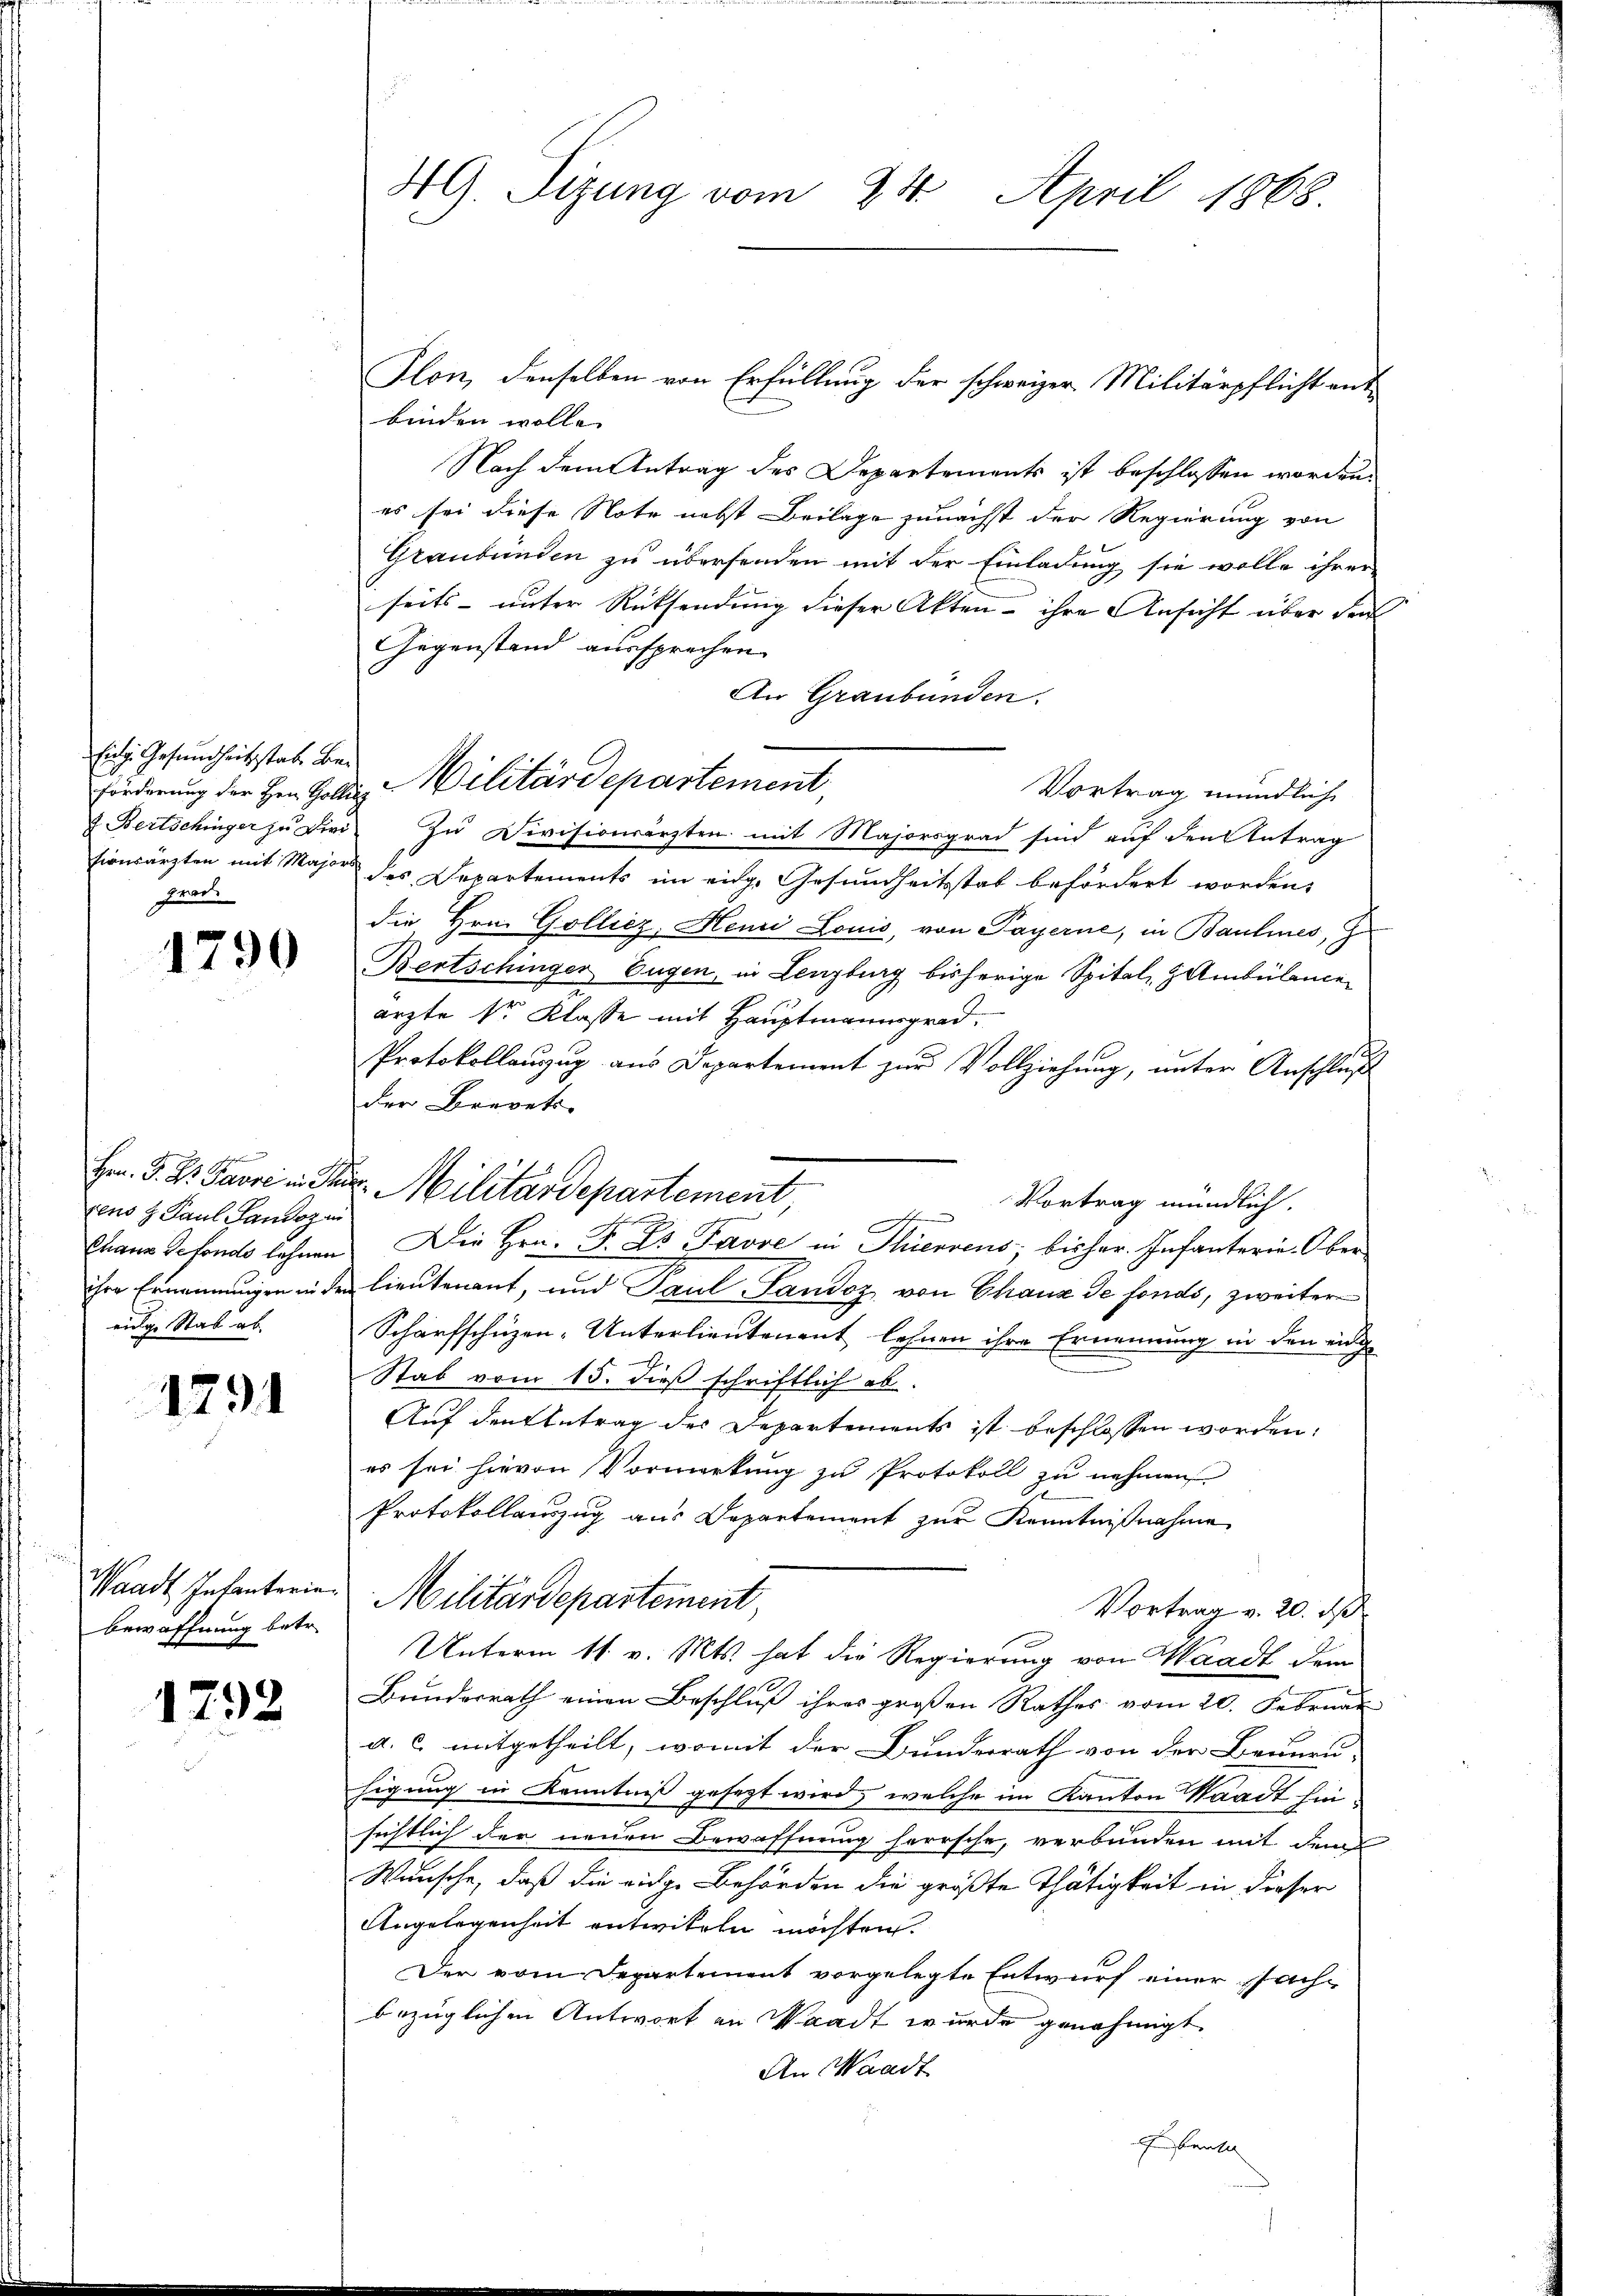
Eing. Gesundheitsstate bei
grad.

1790

g
tens z Paul Landoz in
einige Stab ab.

1291

Bewaffnung betr.

1792

Flon, denselben von Erfüllung der schweizer Militärpflicht ent
binden wolle. |
Nach dem Antrag des Departements ist beschlossen worden.
es sei diese Note nebst Beilage zunächst der Regierung von
Graubünden zu übersenden mit der Einladung sie wolle ihrer
seits- unter Rücksendung dieser Akten - ihre Ansicht über den
Gegenstand aussprechen
An Graubünden.
Vortrag mündlich
 Bertschinger zu Divi. Zu Divisionsärzten mit Majorsgrad sind auf den Antrag
tionsärzten mit Major des Departements im eidg. Gesundheitsstab befördert worden,
die Hrn. Golliez, Henri Louis, von Payerne, in Baulines, G
Bertschinger Eugen, in Lenzburg bisherige Spital Z Ambülance
ärzte Sr. Klasse mit Hauptmannsgrad.
Protokollauszug aus Departement zur Vollziehung, unter Anschluß
der Brevets
Vortrag mündlich.
d
Chann Refondo lohnen. Die Hrn. F. Es Pässe in Thierrens bisher. Infanterie-Oberihre Ernennungen in den lieutenant, und Paul Landoz von Chaux de fonds, zweiter
Scharfschüzen-Unterlieutenant lehnen ihre Ernennung in den einig
Stab vom 15. dieß schriftlich ab.
Auf den Eintrag des Departements ist beschlossen worden.
es sei hievon Vormerkung zu Protokoll zu nehmen
Protokollanzug aus Departement zur Kenntnißnahme
Waadt Infanterie Militärdepartement,
Vortrag v. 20. ds
Unterm 11. v. Mts. hat die Regierung von Waadt dem
Bundesrath einen Beschluß ihres großen Rathes vom 20. Februar
a. c. mitgetheilt, womit der Bundesrath von der Beunru-
higung in Kenntniß gesezt wird, welche im Kanton Waadt hinsichtlich der neuen Bewaffnung herrsche, verbunden mit dem
Wünsche, daß die eidge Behörden die größte Thätigkeit in dieser
Angelegenheit entwiteln möchten.
Der vom Departement vorgelegte Entwurf einer Sach-
bezüglichen Antwort an Waadt wurde genehmigt
An Waadt
Ein Kant

49. Sizung vom 24. April 1868.

förderung der Hrn. Galle Militärdepartement,

Hrn. P. Dr. Favre in Par Militärdepartement